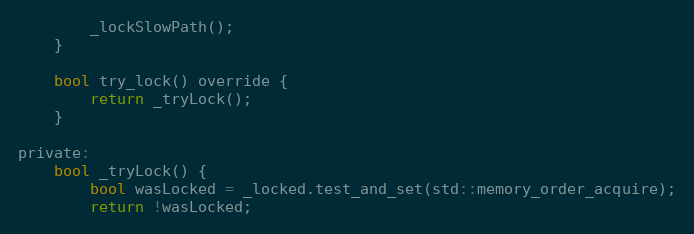
Language: C
        _lockSlowPath();
    }

    bool try_lock() override {
        return _tryLock();
    }

private:
    bool _tryLock() {
        bool wasLocked = _locked.test_and_set(std::memory_order_acquire);
        return !wasLocked;